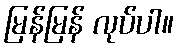
မြန်မြန် လုပ်ပါ။